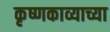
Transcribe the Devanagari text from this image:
कृष्णकाव्याच्या